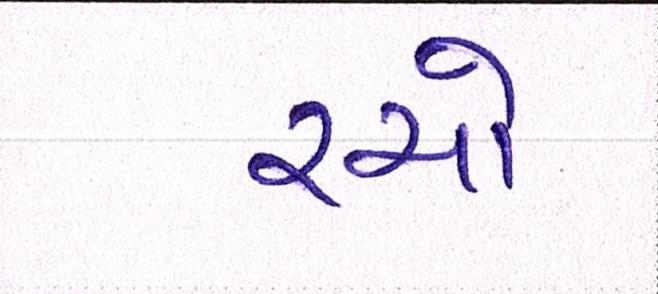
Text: રચો